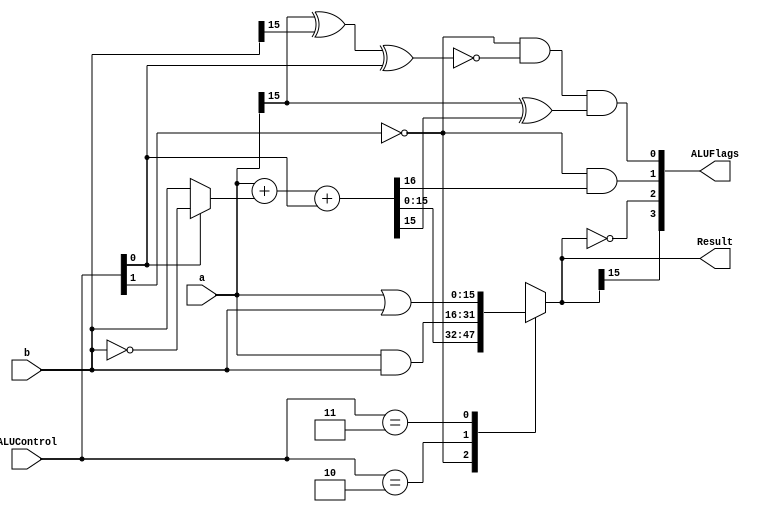

module alu #(parameter WIDTH = 16)
(
    input  wire [WIDTH-1:0] a,
    input  wire [WIDTH-1:0] b,
    input  wire [1:0]       ALUControl,
    output reg  [WIDTH-1:0] Result,
    output wire [3:0]       ALUFlags
);

wire             neg, zero, carry, overflow;
wire [WIDTH-1:0] condinvb;
wire [WIDTH:0]   sum;

assign condinvb = ALUControl[0] ? ~b : b;
assign sum      = a + condinvb + ALUControl[0];

always @*
    casex (ALUControl[1:0])
        2'b0?: Result = sum;
        2'b10: Result = a & b;
        2'b11: Result = a | b;
    endcase

assign neg      = Result[WIDTH-1];
assign zero     = (Result == {WIDTH{1'b0}});
assign carry    = (ALUControl[1] == 1'b0) & sum[WIDTH];
assign overflow = (ALUControl[1] == 1'b0) & ~(a[WIDTH-1] ^ b[WIDTH-1] ^ ALUControl[0]) & (a[WIDTH-1] ^ sum[WIDTH-1]);
assign ALUFlags = {neg, zero, carry, overflow};

endmodule